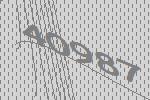
40987